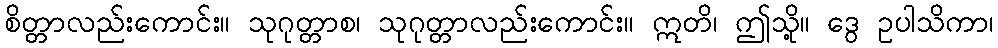
စိတ္တာလည်းကောင်း။ သုဂုတ္တာစ၊ သုဂုတ္တာလည်းကောင်း။ ဣတိ၊ ဤသို့။ ဒွေ ဥပါသိကာ၊